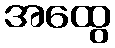
အထွေ